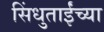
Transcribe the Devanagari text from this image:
सिंधुताईंच्या